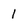
Character: 1